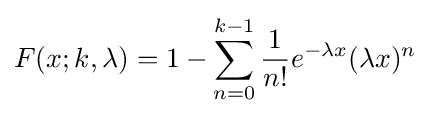
F(x;k,\lambda )=1-\sum _{n=0}^{k-1}{\frac {1}{n!}}e^{-\lambda x}(\lambda x)^{n}